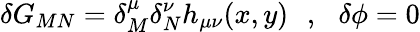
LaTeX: \delta G_{MN}=\delta_{M}^{\mu}\delta_{N}^{\nu}h_{\mu\nu}(x,y)\, \, \, \, ,\, \, \, \, \delta\phi=0